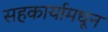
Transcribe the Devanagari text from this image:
सहकार्यामधून